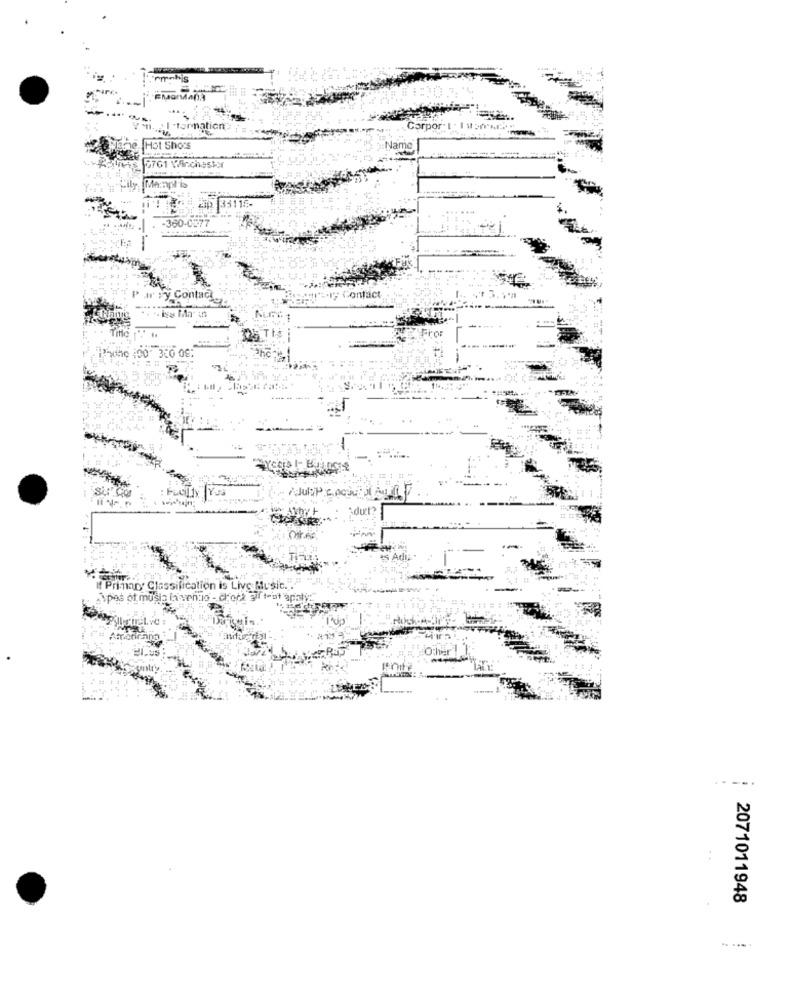
! - tarmnation> / =
Corpor:L.
Hot Shots
:Name
15761 WFincheskr
Manpt is
. 230 33115-
. - 360-C377
w ry Contact
.1; Contact
Poho 100 320 08
: Fully You
Time:
15 Adı;
{ Primary Classification is Live Music.".
\pes ot muslo la sento - cork gift-at apaly:
----.
..
2071011948